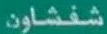
شفاشون